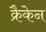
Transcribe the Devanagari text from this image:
क्रैकेन